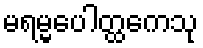
မရမ္မပေါတ္ထကေသု